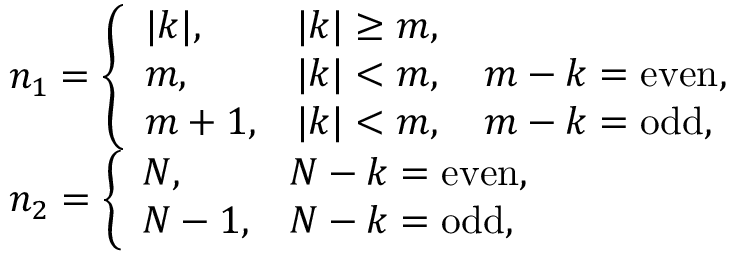
\begin{array} { l } { n _ { 1 } = \left\{ \begin{array} { l l } { | k | , } & { | k | \geq m , } \\ { m , } & { | k | < m , \quad m - k = \mathrm { e v e n } , } \\ { m + 1 , } & { | k | < m , \quad m - k = \mathrm { o d d } , } \end{array} \right. } \\ { n _ { 2 } = \left\{ \begin{array} { l l } { N , } & { N - k = \mathrm { e v e n } , } \\ { N - 1 , } & { N - k = \mathrm { o d d } , } \end{array} \right. } \end{array}